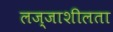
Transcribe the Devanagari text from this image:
लज्जाशीलता